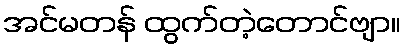
အင်မတန် ထွက်တဲ့တောင်ဗျာ။